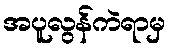
အပူလွန်ကဲရာမှ